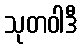
သုတဝါဒီ